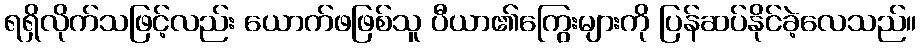
ရရှိလိုက်သဖြင့်လည်း ယောက်ဖဖြစ်သူ ပီယာ၏ကြွေးများကို ပြန်ဆပ်နိုင်ခဲ့လေသည်။